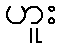
ဟူး